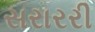
સરારરી